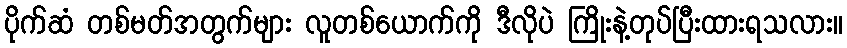
ပိုက်ဆံ တစ်မတ်အတွက်များ လူတစ်ယောက်ကို ဒီလိုပဲ ကြိုးနဲ့တုပ်ပြီးထားရသလား။